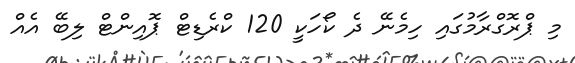
މި ޕްރޮގްރާމުގައި ހިމެނޭ ދެ ކޯހަކީ 120 ކްރެޑިޓް ޕޮއިންޓް ލިބޭ އެއް